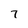
Character: 7